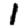
Digit: 1